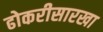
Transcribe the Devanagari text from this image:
ढोकरीसारखा